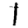
Digit: 1